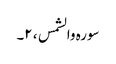
سورہ والشمس ، ۲۔